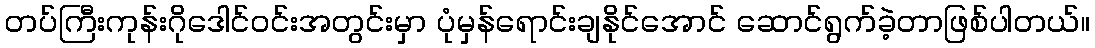
တပ်ကြီးကုန်းဂိုဒေါင်ဝင်းအတွင်းမှာ ပုံမှန်ရောင်းချနိုင်အောင် ဆောင်ရွက်ခဲ့တာဖြစ်ပါတယ်။